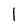
Character: l